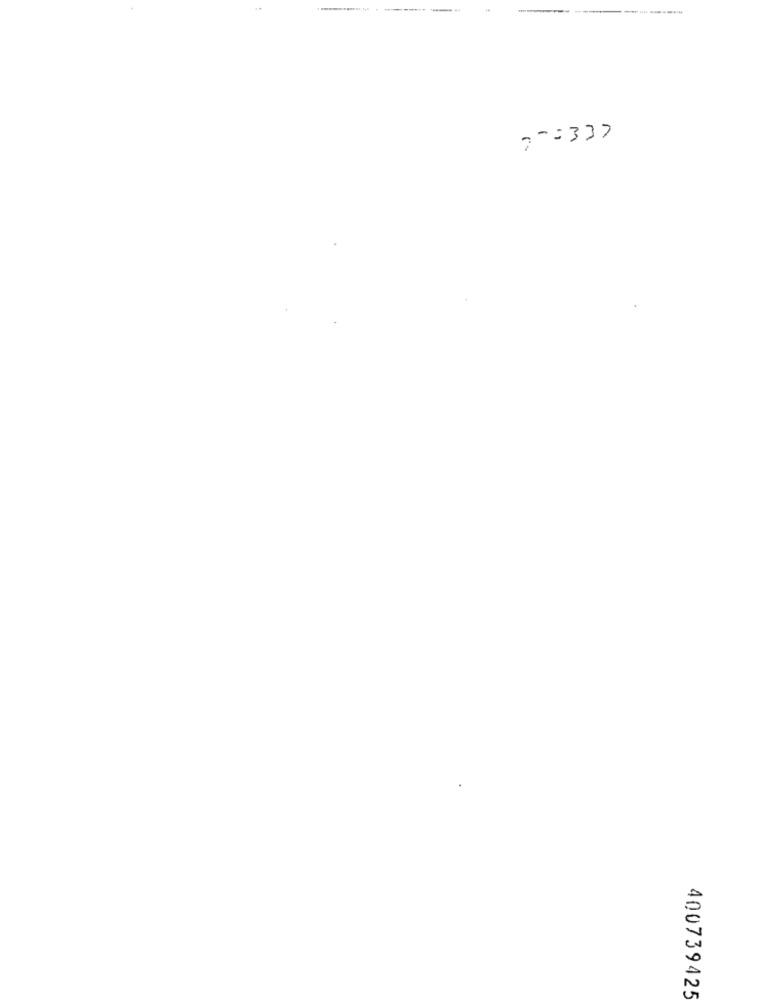
--------
400739425